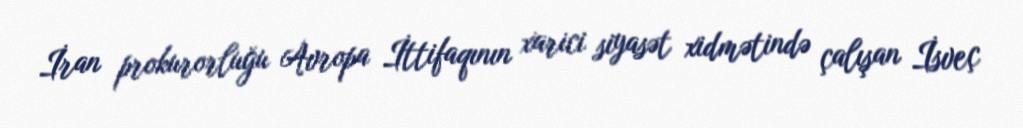
İran prokurorluğu Avropa İttifaqının xarici siyasət xidmətində çalışan İsveç